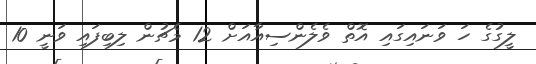
ލީގުގެ ހަ ވަނައިގައި އޮތް ވެލެންސިއާއަށް 12 މެޗުން ލިބިފައި ވަނީ 10